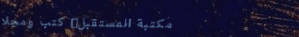
مكتبة المستقبل: كتب ومجلا